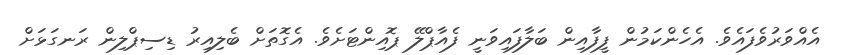
އެއްވަރުވެފައެވެ. އެހެންކަމުން ފީފާއިން ބަލާފައިވަނީ ފެއާޕްލޭ ޕޮއިންޓަށެވެ. އެގޮތަށް ބެލިއިރު ޑިސިޕްލިން ރަނގަޅަށް